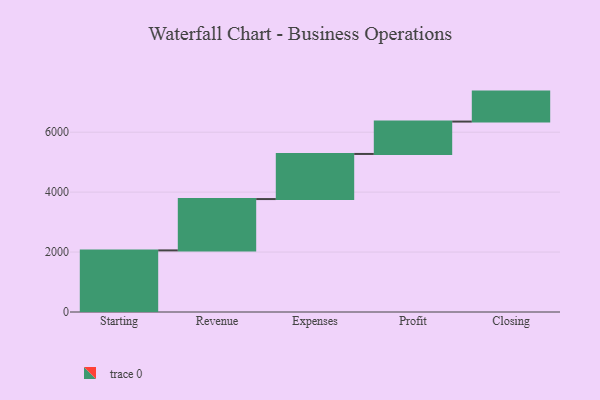
{"axis": {"x": "Step", "y": "Value"}, "legend": [""], "data": [{"x": "Starting", "y": 2055.0, "type": ""}, {"x": "Revenue", "y": 1713.0, "type": ""}, {"x": "Expenses", "y": 1505.0, "type": ""}, {"x": "Profit", "y": 1080.0, "type": ""}, {"x": "Closing", "y": 1000, "type": ""}]}